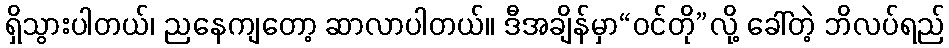
ရှိသွားပါတယ်၊ ညနေကျတော့ ဆာလာပါတယ်။ ဒီအချိန်မှာ“ဝင်တို”လို့ ခေါ်တဲ့ ဘိလပ်ရည်